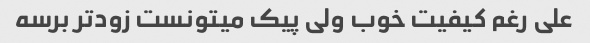
علی رغم کیفیت خوب ولی پیک میتونست زودتر برسه